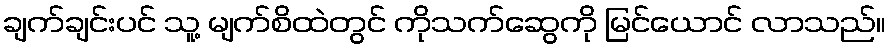
ချက်ချင်းပင် သူ့ မျက်စိထဲတွင် ကိုသက်ဆွေကို မြင်ယောင် လာသည်။